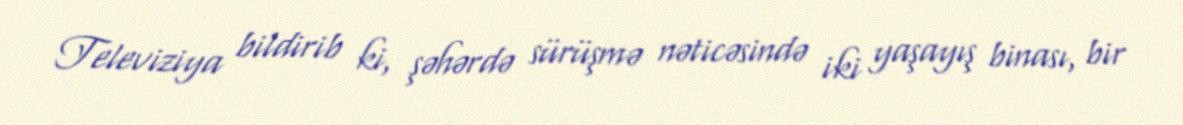
Televiziya bildirib ki, şəhərdə sürüşmə nəticəsində iki yaşayış binası, bir